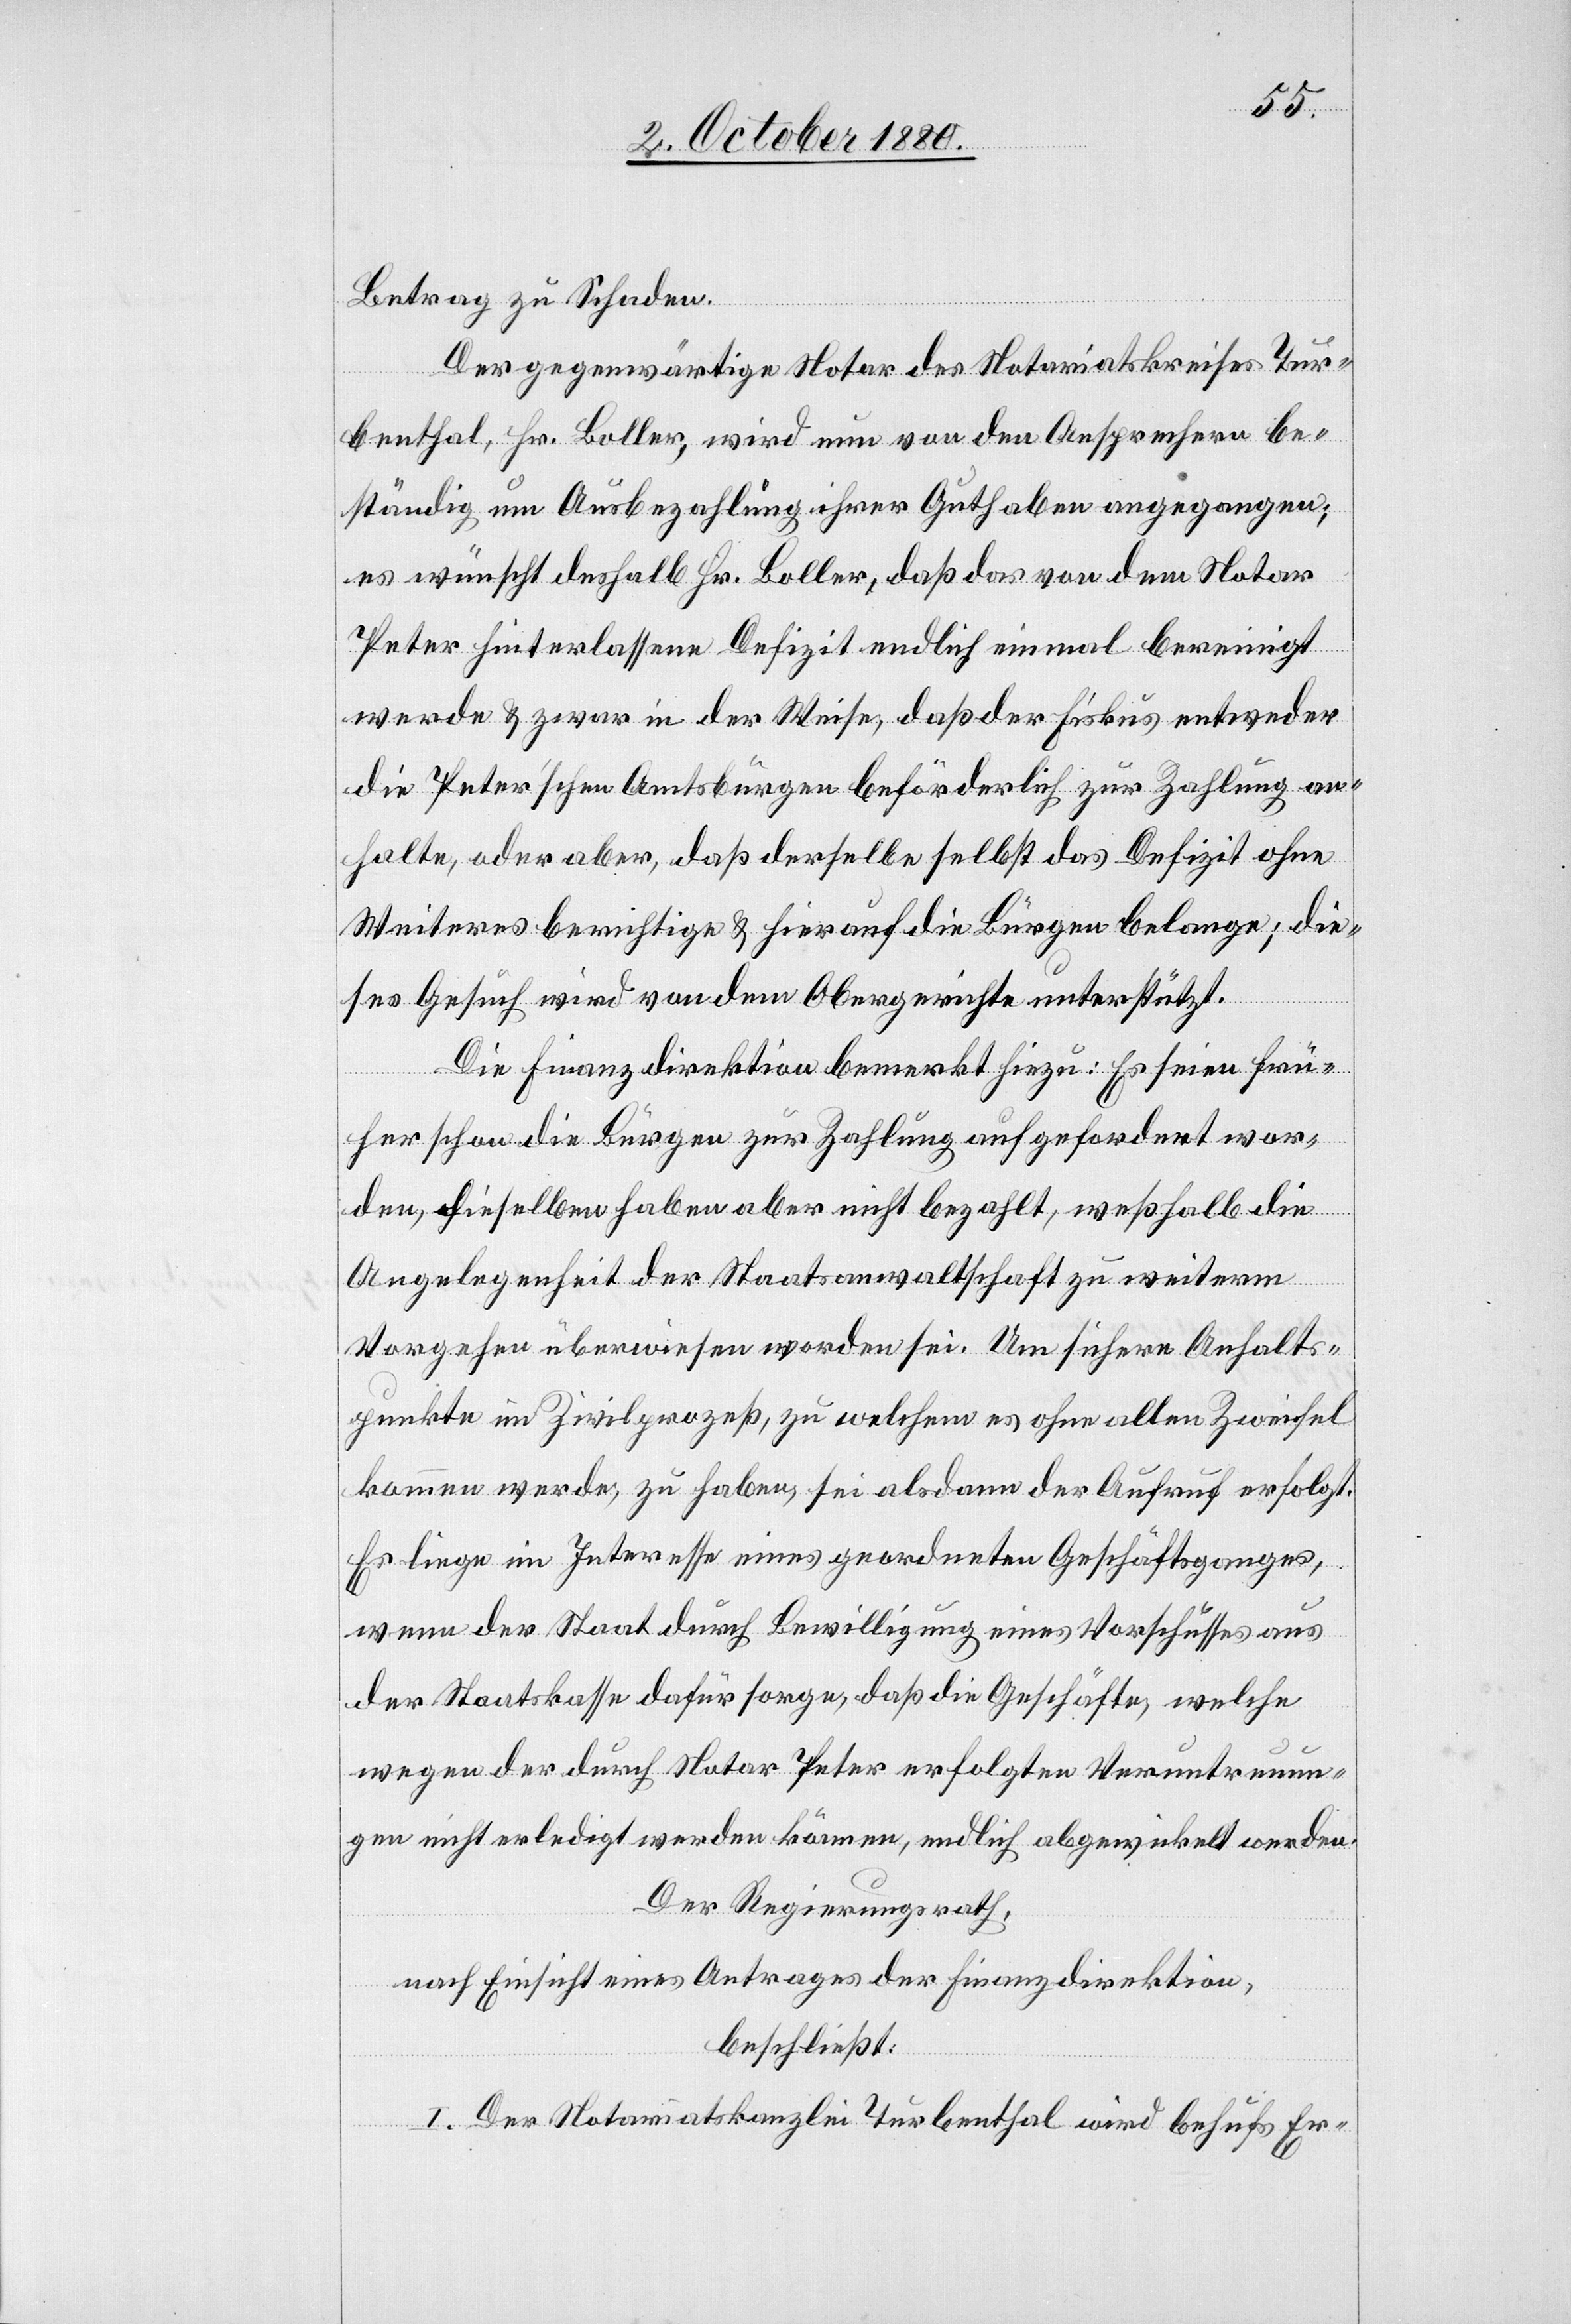
Betrag zu Schaden.
Der gegenwärtige Notar des Notariatskreises Tur¬
benthal, Hr. Boller, wird nun von den Ansprechern be¬
ständig um Ausbezahlung ihrer Guthaben angegangen;
es wünscht deshalb Hr. Boller, daß das von dem Notar
Peter hinterlassene Defizit endlich einmal bereinigt
werde & zwar in der Weise, daß der Fiskus entweder
die Peter’schen Amtsbürgen beförderlich zur Zahlung an¬
halte, oder aber, daß derselbe selbst das Defizit ohne
Weiteres berichtige & hierauf die Bürgen belange; die¬
ses Gesuch wird von dem Obergerichte unterstützt.
Die Finanzdirektion bemerkt hiezu: Es seien frü¬
her schon die Bürgen zur Zahlung aufgefordert wor¬
den, dieselben haben aber nicht bezahlt, weßhalb die
Angelegenheit der Staatsanwaltschaft zu weiterm
Vorgehen überwiesen worden sei. Um sichere Anhalts¬
punkte im Zivilprozeß, zu welchem es ohne allen Zweifel
kommen werde, zu haben, sei alsdann der Aufruf erfolgt.
Es liege im Interesse eines geordneten Geschäftsganges,
wenn der Staat durch Bewilligung eines Vorschusses aus
der Staatskasse dafür sorge, daß die Geschäfte, welche
wegen der durch Notar Peter erfolgten Veruntreuun¬
gen nicht erledigt werden können, endlich abgewickelt werden.
Der Regierungsrath,
nach Einsicht eines Antrages Finanzdirektion,
beschließt:
I. Der Notariatskanzlei Turbenthal wird behufs Er-